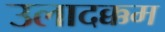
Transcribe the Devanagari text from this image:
उलादक्कम